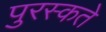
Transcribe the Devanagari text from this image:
पुरस्कते